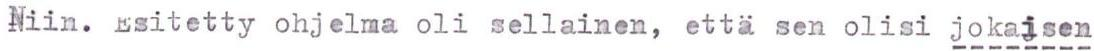
Niin. Esitetty ohjelma oli sellainen, että sen olisi jokaisen